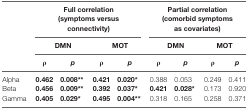
<table><thead><tr><td></td><td colspan="4"><b>Full correlation (symptoms versus connectivity)</b></td><td colspan="4"><b>Partial correlation (comorbid symptoms as covariates)</b></td></tr><tr><td></td><td colspan="2"><b>DMN</b></td><td colspan="2"><b>MOT</b></td><td colspan="2"><b>DMN</b></td><td colspan="2"><b>MOT</b></td></tr><tr><td></td><td><b>ρ</b></td><td><b><i>p</i></b></td><td><b>ρ</b></td><td><b><i>p</i></b></td><td><b>ρ</b></td><td><b><i>p</i></b></td><td><b>ρ</b></td><td><b><i>p</i></b></td></tr></thead><tbody><tr><td>Alpha</td><td><b>0.462</b></td><td><b>0.008**</b></td><td><b>0.421</b></td><td><b>0.020*</b></td><td>0.388</td><td>0.053</td><td>0.249</td><td>0.411</td></tr><tr><td>Beta</td><td><b>0.456</b></td><td><b>0.009**</b></td><td><b>0.392</b></td><td><b>0.037*</b></td><td><b>0.421</b></td><td><b>0.028*</b></td><td>0.173</td><td>0.920</td></tr><tr><td>Gamma</td><td><b>0.405</b></td><td><b>0.029*</b></td><td><b>0.495</b></td><td><b>0.004**</b></td><td>0.318</td><td>0.165</td><td>0.258</td><td>0.371</td></tr></tbody></table>